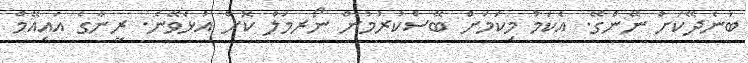
ބުނެދޭކަށް ނޭންގޭ. އެކަމު މިކަމަށް ބޭސްކުރުމުން ނޯރމަލް ކޮށް އުޅެވޭނެ. ރީނާގެ އައިއޭމް